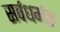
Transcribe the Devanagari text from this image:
सर्वधर्मज्ञ